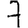
Digit: 7